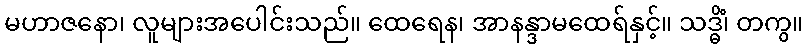
မဟာဇနော၊ လူများအပေါင်းသည်။ ထေရေန၊ အာနန္ဒာမထေရ်နှင့်။ သဒ္ဓိံ၊ တကွ။